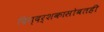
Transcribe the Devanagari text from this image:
दिग्दर्शकासोबतही